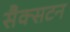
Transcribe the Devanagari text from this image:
सैक्सटन